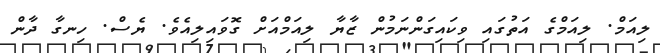
ލިއަމް. ލިއަމްގެ އަތުގައި ވިކައިގަންނަމުން ޒާޔާ ލިއަމްއަށް ގޮވައިލިއެވެ. ޔެސް. ހިނގާ ދާން